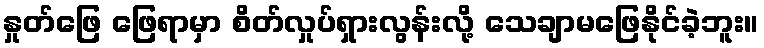
နှုတ်ဖြေ ဖြေရာမှာ စိတ်လှုပ်ရှားလွန်းလို့ သေချာမဖြေနိုင်ခဲ့ဘူး။